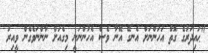
"ޙައިދަރުގެ ގޮތް އަހަންނަށް އެނގޭ އޭނާ ވެސް އެހުންނަނީ މިގެއަށް ނާންނަވެގެން ވީއިރު